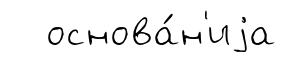
основа́н'иjа